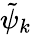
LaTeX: \tilde{\psi}_{k}